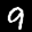
Label: 9